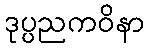
ဒုပ္ပညကဝိနာ